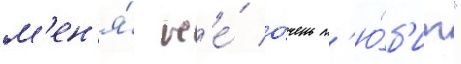
м'ен'я́ н'е́ о́чень л'ю́б'ит"